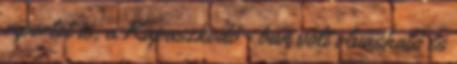
riportot is, a Kapaszkodó - ban volt olvasható és